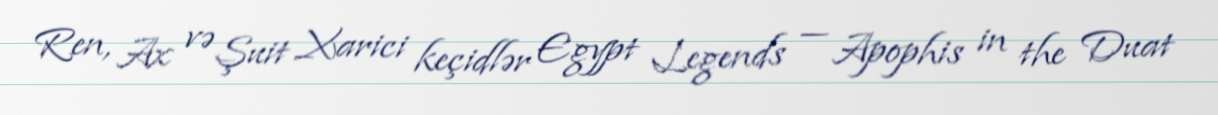
Ren, Ax və Şuit Xarici keçidlər Egypt Legends — Apophis in the Duat